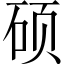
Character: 硕